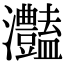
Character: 灎